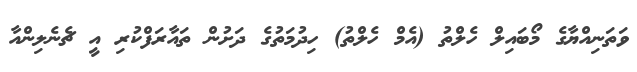
ވަތަނިއްޔާގެ މޯބައިލް ހެލްތު (އެމް ހެލްތު) ހިދުމަތުގެ ދަށުން ތައާރަފްކުރި އީ ޗެނެލިންއާ